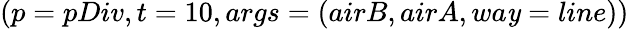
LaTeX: (p=pDiv,t=10,args=(airB,airA,wa\mathit{y}=line))